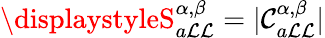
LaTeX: \displaystyleS_{a\mathcal{L}\mathcal{L}}^{\alpha,\beta}=|\mathcal{{C}}_{a\mathcal{L}\mathcal{L}}^{\alpha,\beta}|